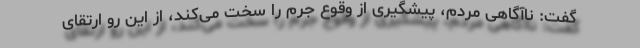
گفت: ناآگاهی مردم، پیشگیری از وقوع جرم را سخت می‌کند، از این رو ارتقای